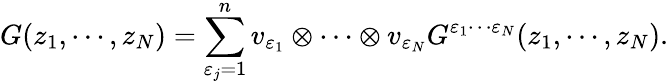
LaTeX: G(z_{1},\cdots,z_{N})=\sum_{\varepsilon_{j}=1}^{n}v_{\varepsilon_{1}}\otimes\cdots\otimes v_{\varepsilon_{N}}G^{\varepsilon_{1}\cdots\varepsilon_{N}}(z_{1},\cdots,z_{N}).